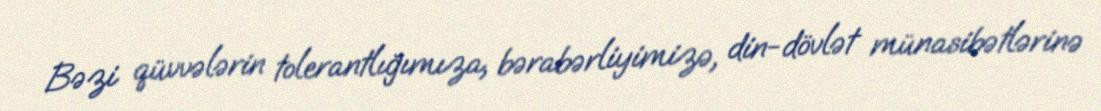
Bəzi qüvvələrin tolerantlığımıza, bərabərliyimizə, din-dövlət münasibətlərinə